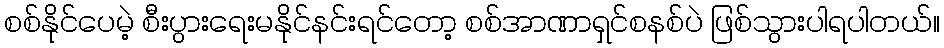
စစ်နိုင်ပေမဲ့ စီးပွားရေးမနိုင်နင်းရင်တော့ စစ်အာဏာရှင်စနစ်ပဲ ဖြစ်သွားပါရပါတယ်။